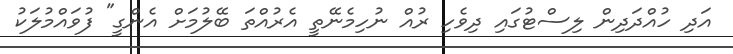
އަދި ހުއްދަދިން ލިސްޓުގައި ދިވެހި ރުއް ނުހިމެނޭތީ އެރުއްތަ ބޭލުމަށް އެންގީ" ފުވައްމުލަކު